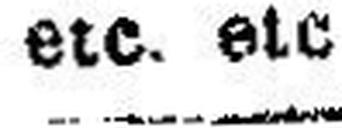
etc. etc.